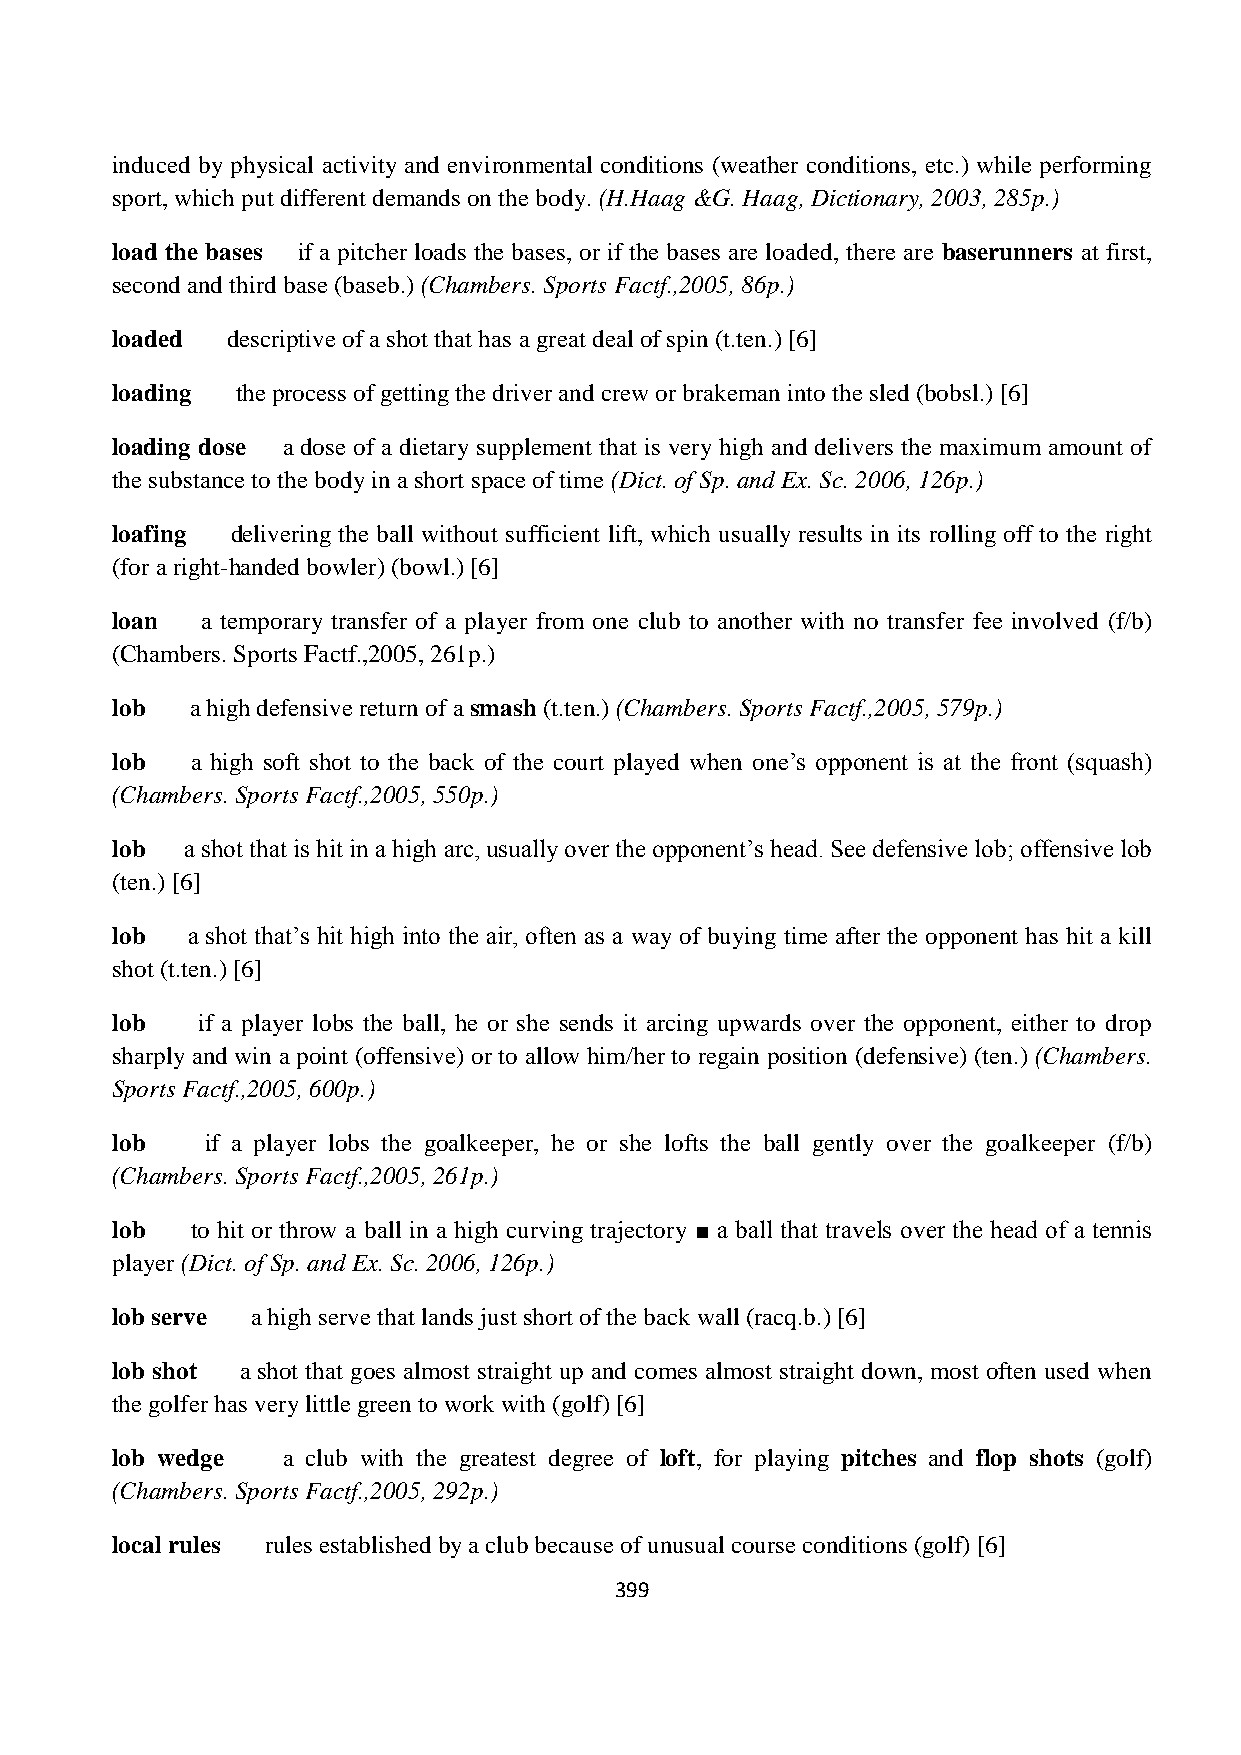
induced by physical activity and environmental conditions (weather conditions, etc.) while performing
 sport, which put different demands on the body. (H.Haag &G. Haag, Dictionary, 2003, 285p.)
 load the bases if a pitcher loads the bases, or if the bases are loaded, there are baserunners at first,
 second and third base (baseb.) (Chambers. Sports Factf.,2005, 86p.)
 loaded  descriptive of a shot that has a great deal of spin (t.ten.) [6]
 loading  the process of getting the driver and crew or brakeman into the sled (bobsl.) [6]
 loading dose a dose of a dietary supplement that is very high and delivers the maximum amount of
 the substance to the body in a short space of time (Dict. of Sp. and Ex. Sc. 2006, 126p.)
 loafing delivering the ball without sufficient lift, which usually results in its rolling off to the right
 (for a right-handed bowler) (bowl.) [6]
 loan  a temporary transfer of a player from one club to another with no transfer fee involved (f/b)
 (Chambers. Sports Factf.,2005, 261p.)
 lob   a high defensive return of a smash (t.ten.) (Chambers. Sports Factf.,2005, 579p.)
 lob   a high soft shot to the back of the court played when one‟s opponent is at the front (squash)
 (Chambers. Sports Factf.,2005, 550p.)
 lob  a shot that is hit in a high arc, usually over the opponent‟s head. See defensive lob; offensive lob
 (ten.) [6]
 lob  a shot that‟s hit high into the air, often as a way of buying time after the opponent has hit a kill
 shot (t.ten.) [6]
 lob   if a player lobs the ball, he or she sends it arcing upwards over the opponent, either to drop
 sharply and win a point (offensive) or to allow him/her to regain position (defensive) (ten.) (Chambers.
 Sports Factf.,2005, 600p.)
 lob    if a player lobs the goalkeeper, he or she lofts the ball gently over the goalkeeper (f/b)
 (Chambers. Sports Factf.,2005, 261p.)
 lob   to hit or throw a ball in a high curving trajectory ■ a ball that travels over the head of a tennis
 player (Dict. of Sp. and Ex. Sc. 2006, 126p.)
 lob serve a high serve that lands just short of the back wall (racq.b.) [6]
 lob shot a shot that goes almost straight up and comes almost straight down, most often used when
 the golfer has very little green to work with (golf) [6]
 lob wedge   a club with the greatest degree of loft, for playing pitches and flop shots (golf)
 (Chambers. Sports Factf.,2005, 292p.)
 local rules rules established by a club because of unusual course conditions (golf) [6]
 399